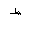
Letter: _da